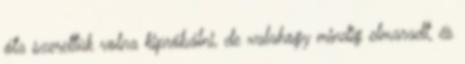
óta szerettük volna kipróbálni, de valahogy mindig elmaradt, és